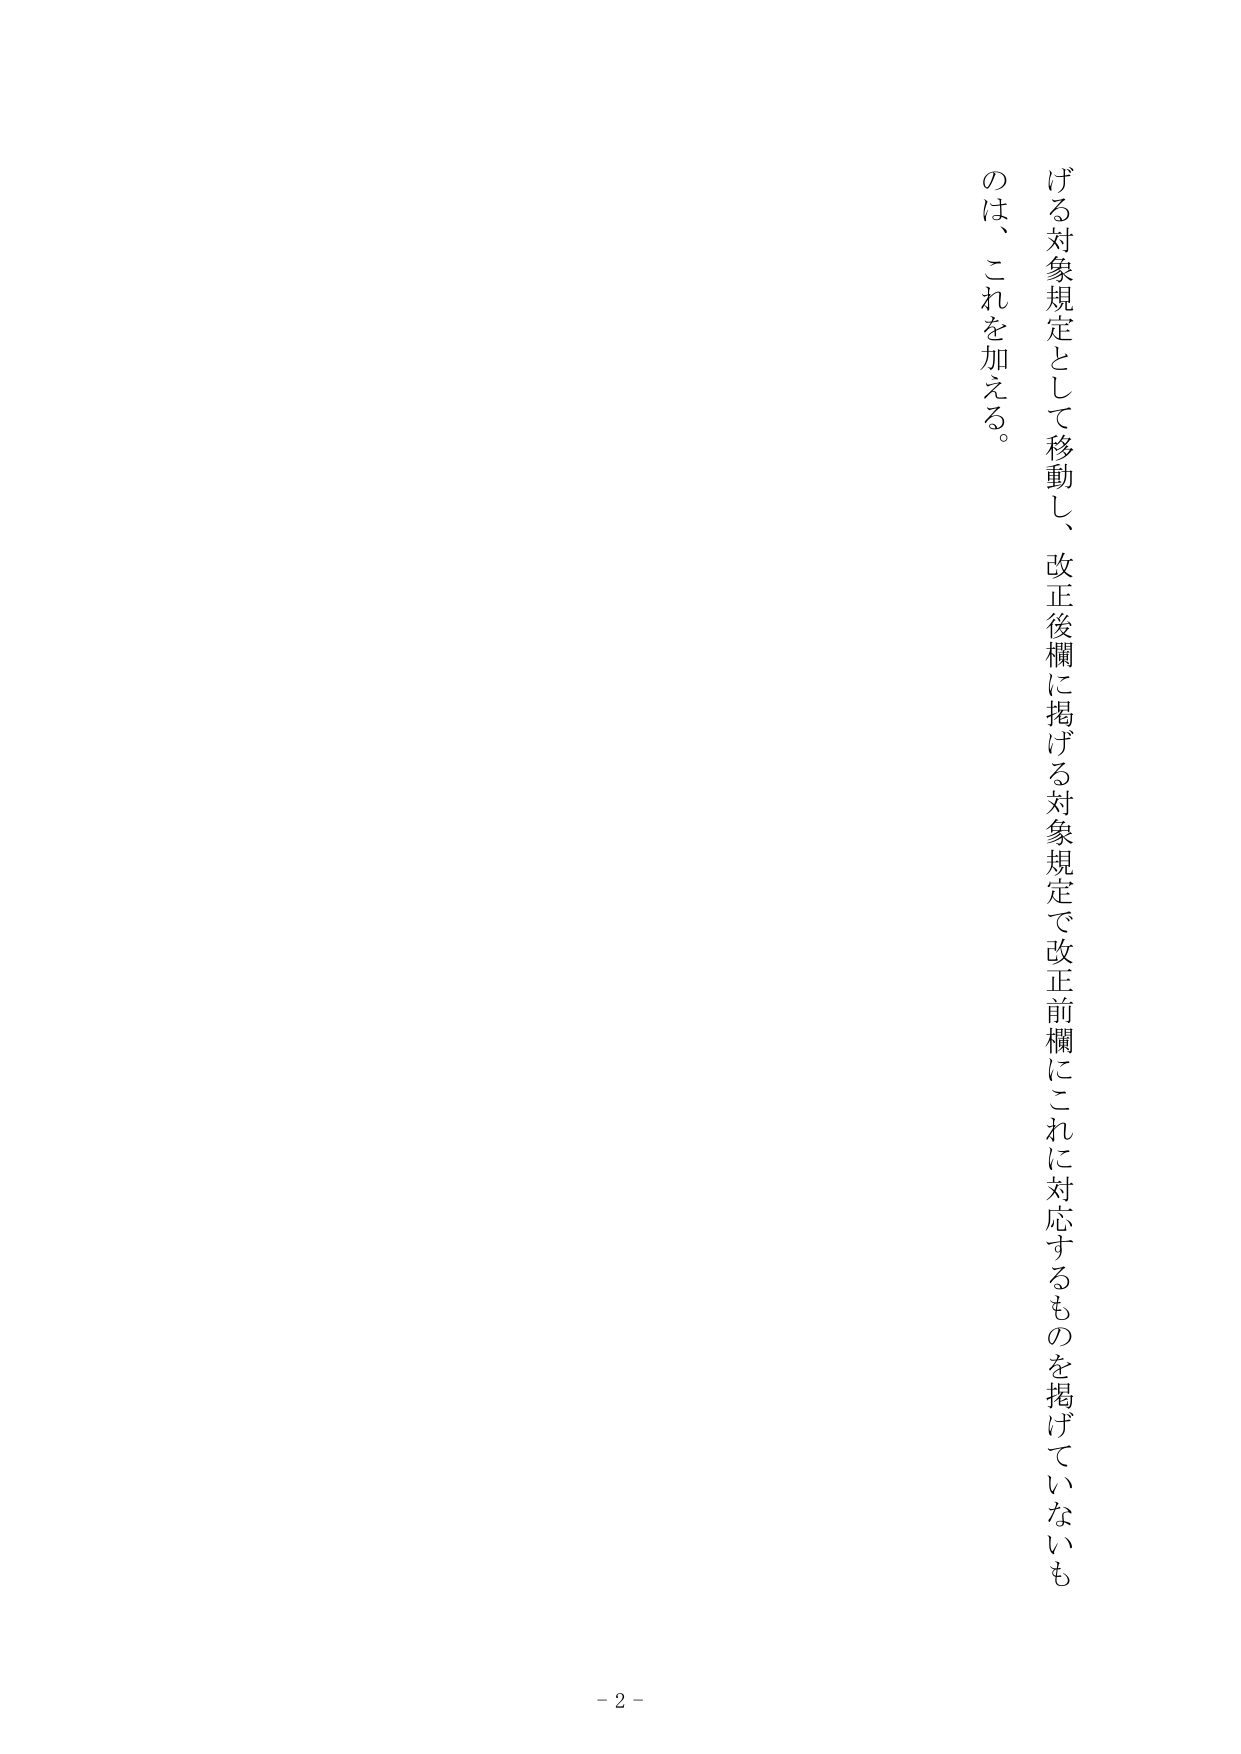
げる対象規定として移動し、改正後欄に掲げる対象規定で改正前欄にこれに対応するものを掲げていないものは、これを加える。

- 2 -